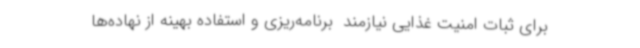
برای ثبات امنیت غذایی نیازمند  برنامه‌ریزی و استفاده بهینه از نهاده‌ها